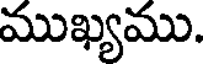
ముఖ్యము.